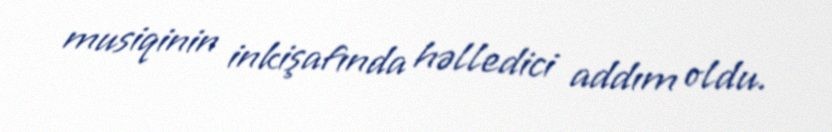
musiqinin inkişafında həlledici addım oldu.